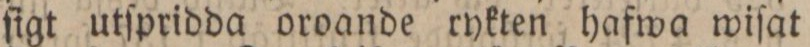
ſigt utſpridda oroande rykten hafwa wiſat